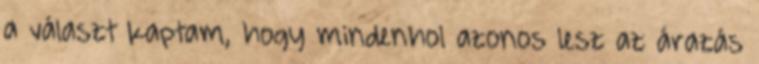
a választ kaptam, hogy mindenhol azonos lesz az árazás